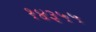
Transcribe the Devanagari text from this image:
१४३५५